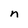
Character: n